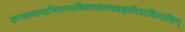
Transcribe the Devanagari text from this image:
कन्दश्यामाभिरामप्रथितदशरथब्रह्मविद्याविलासिन्